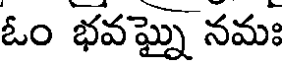
ఓం భవఘ్నై నమః